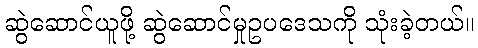
ဆွဲဆောင်ယူဖို့ ဆွဲဆောင်မှုဥပဒေသကို သုံးခဲ့တယ်။